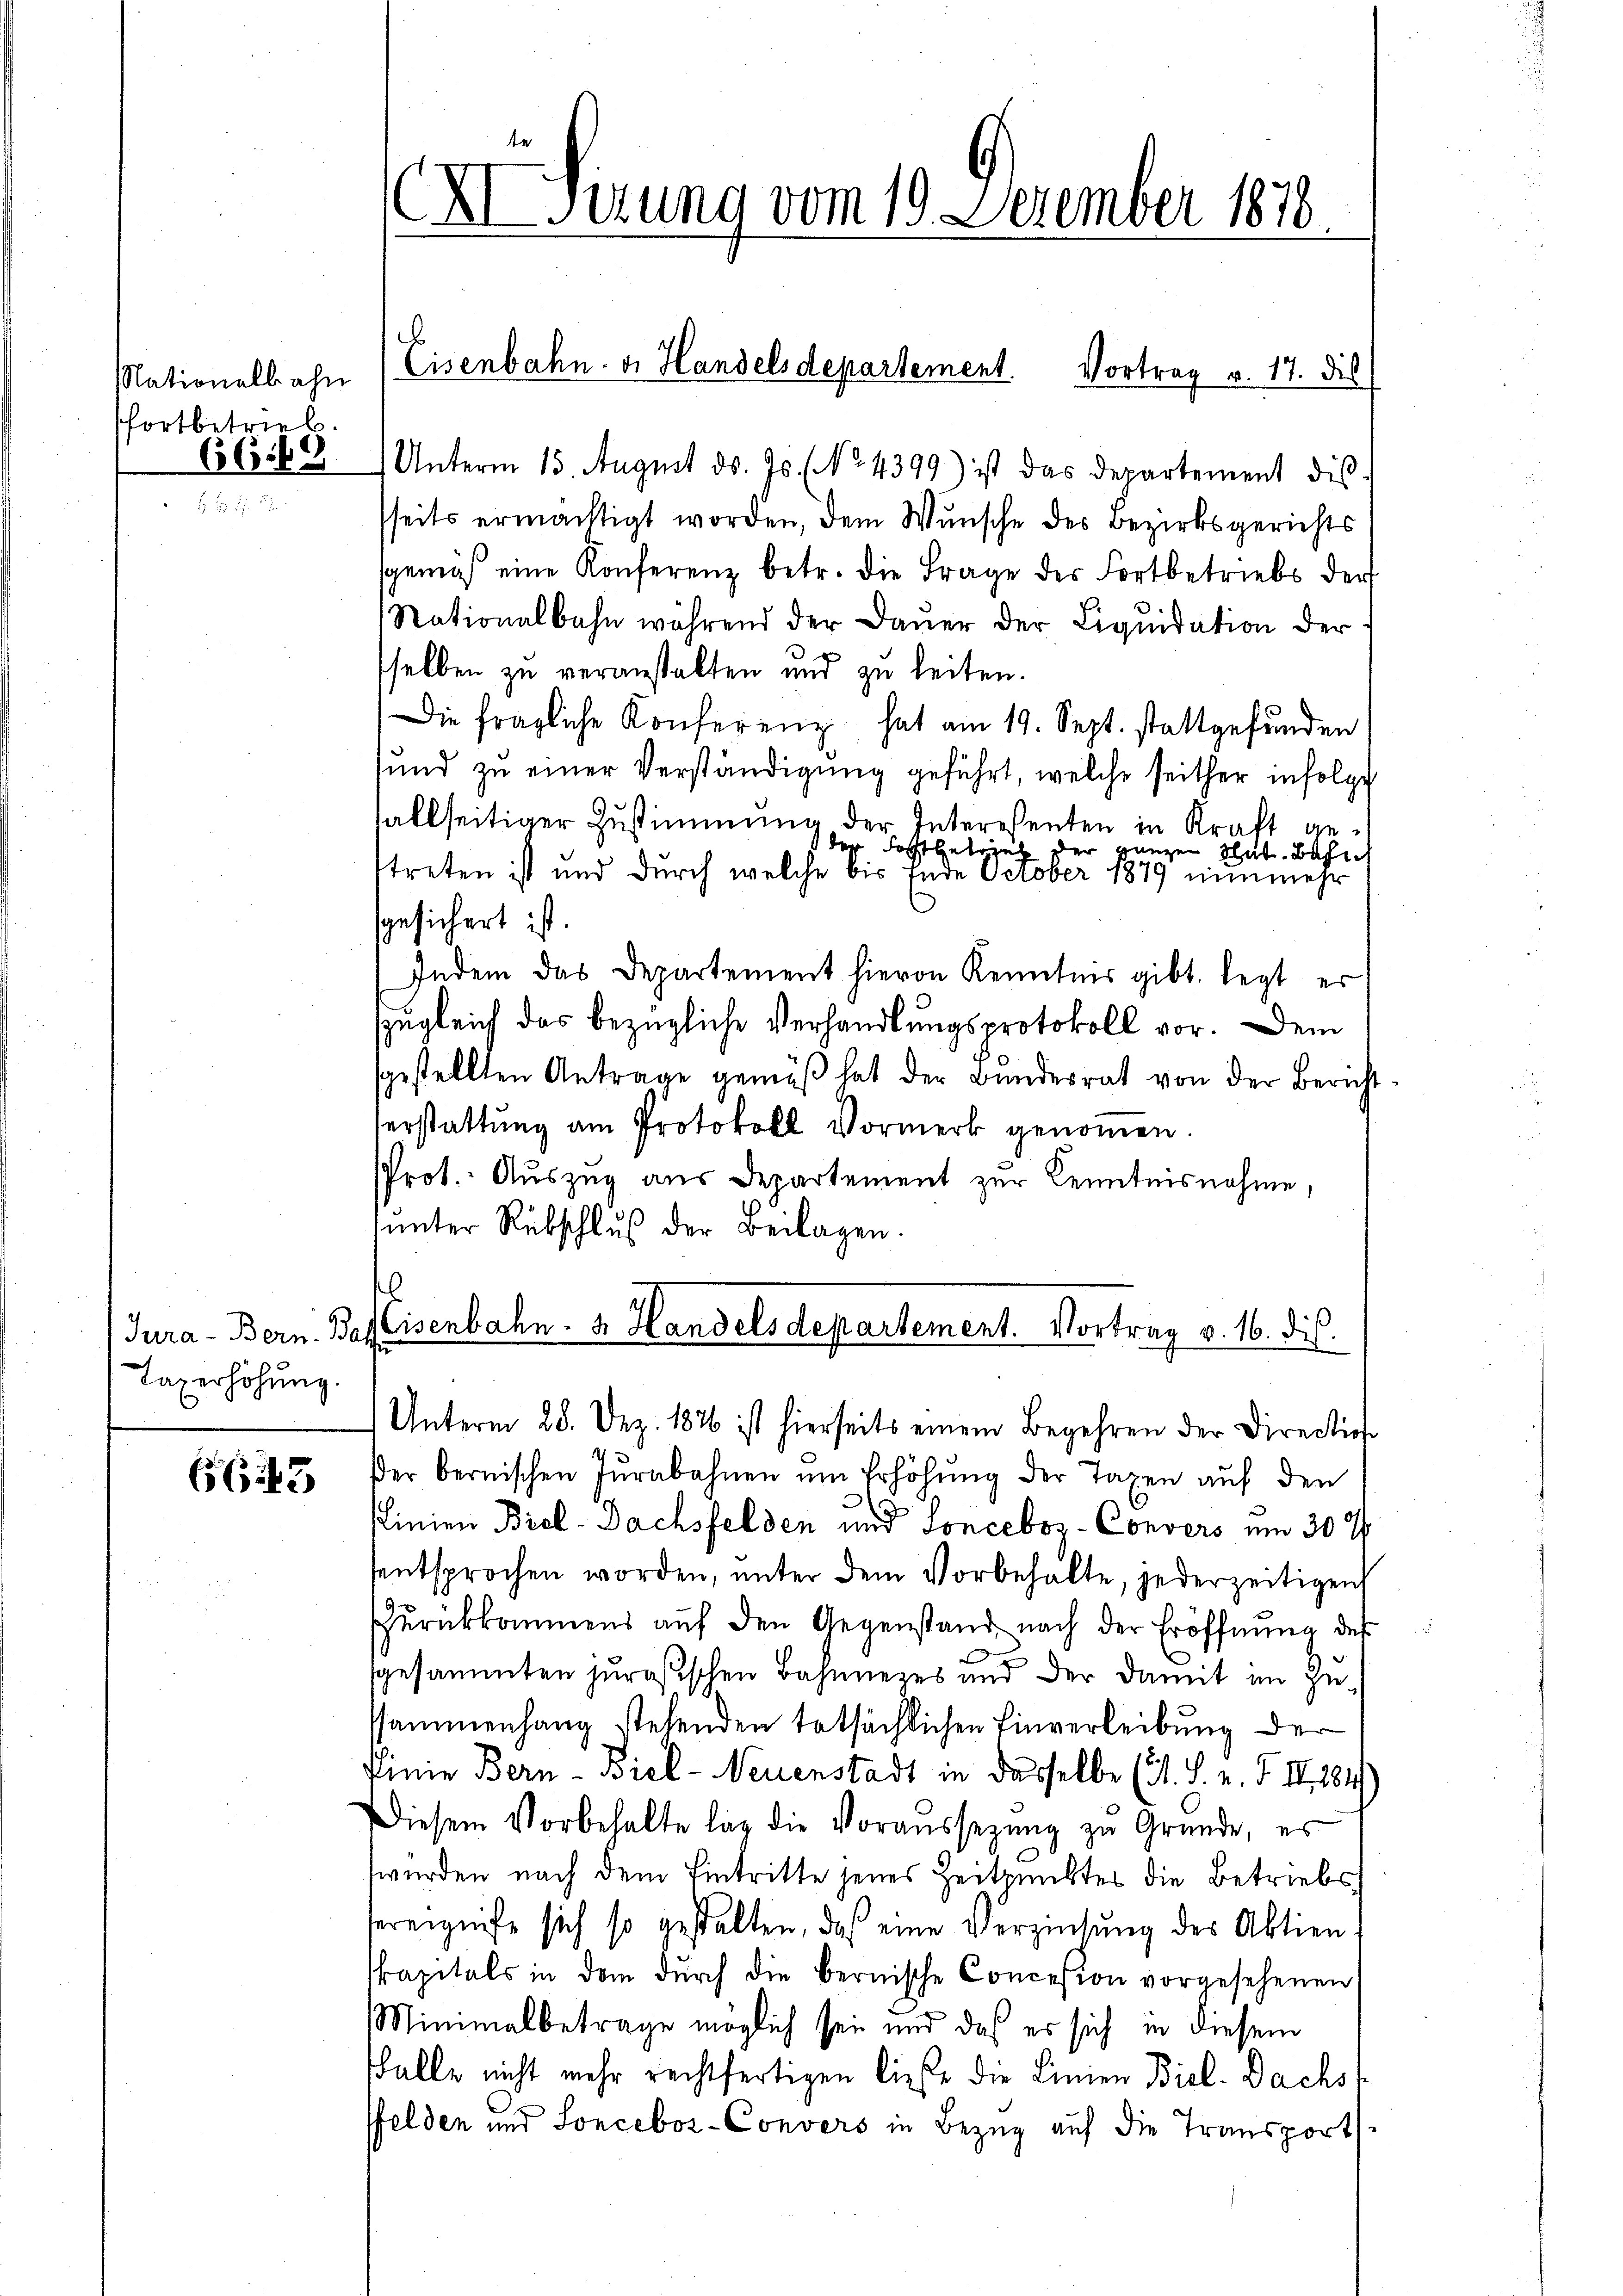
Nationalbahn
fortbetrieb.
6669

Taxerhöhung.

6643

Chirung vom 19. Dezember 1818

Unterm 15. August ds. Js. (No. 4399) ist das Departement dis
sseits ermächtigt worden, dem Wunsche des Bezirksgerichts
sgemäß eine Konferenz betr. die Frage des Fortbetriebs der
Nationalbahn während der Dauer der Liquidation der
selben zu veranstalten und zu leiten.
Die fragliche Konferenz hat am 19. Sept. stattgefunden
sŭnd zŭ einer Verständigŭng geführt, welche seither infolge
allseitiger Zustimmung der Interesenten in Kraft geder Tochtebrief der ganzen Stat. Bahn
streten ist und durch welche bis Ende October 1879 nŭnmehr
gesichert ist.
Indem das Departement hievon Kenntnis gibt. legt es
zugleich das bezügliche Verhandlungsprotokoll vor. Dem
gestellten Antrage gemäβ hat der Bŭndesrat von der Bericht-
Verstattung am Protokoll Vormerk genoṁen.
Prot. Auszug aus Departement zur Kenntnisnahme,
ŭnter Rebschlŭβ der Beilagen.
.
Jura - Bern. Das Eisenbahn. v. Handelsdepartement. Vortrag v. 16. dis

b
Eisenbahn. v. Handelsdepartement. Vortrag v. 17. die

Unterm 28. Dez. 1826 ist hierseits einem Begehren der Direction
der bernischen Jŭrnbahnen um Erhöhŭng der Taxen auf den
x
Plinien Brol- Dachsfelden und Sonceboz- Convers um 30 x
sentsprochen worden, unter dem Vorbehalte, jederzeitigen
zŭrückkommens aŭf den Gegenstand nach der Eröffnŭng des
gesammten jurößischen Bahnnezes und der damit im zussammenhang stehenden tatsächlichen Einverleibung der
Pinie Bern - Biel-Neuenstadt in dasselbe (s. S. n. F. II., 281)
Diesem Vorbehalte lag die Voraŭssezŭng zŭ Gründe, es
wurden nach dem Eintritte jenes Zeitpunktes die Betriebsereigniße sich so gestalten, das eine Verzinsung des Aktien
skapitals in dem dŭrch die bernische Concesion vorgesehenen
Minimalbetrage möglich sei und daß es sich in diesem
sfalle nicht mehr rechtfertigen ließe die Linien Biel- Dachs
felden und Sonceboz-Convers in Bezug auf die Transport